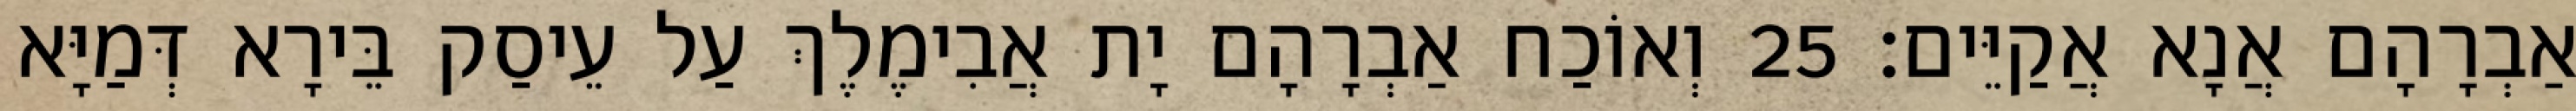
אַבְרָהָם אֲנָא אֲקַיֵּים׃ 25 וְאוֹכַח אַבְרָהָם יָת אֲבִימֶלֶךְ עַל עֵיסַק בֵּירָא דְּמַיָּא